system: You are a helpful assistant.
user:
Analyze the provided spectrum to determine if it is a **M-type Giant (gM)**.

A M-type Giant spectrum is defined by its **strong molecular absorption** features, particularly from **Titanium Oxide (TiO)**. You must check for one of the following mutually exclusive signatures:

- **Key Visual Indicators (Absorption-Dominated Spectrum):**

    - **(Primary):** The spectrum is dominated by strong molecular absorption from **Titanium Oxide (TiO)**. This is the **defining feature** of its M-type temperature class.
        - **(Key Bandheads):** Look for sharp, "saw-tooth" absorption valleys. The strongest are located near **~7050 Å**, **~6160 Å**, and **~5170 Å**.
        - **(Line Profile):** The "saw-tooth" morphology is critical: a **sharp, steep drop on the BLUE (short-wavelength) side** of the bandhead, followed by a gradual recovery (rising flux) towards the RED (long-wavelength) side.

    - **(Key Confirmation - Giant vs. Dwarf):** **ABSENCE** of strong **Calcium Hydride (CaH)** molecular bands. This is the primary diagnostic for *excluding* M-dwarfs.
        - **(Key Region):** The spectrum should lack the strong, broad absorption band seen in dwarfs between **~6800 Å and ~7000 Å**.

    - **(Secondary Confirmation - Giant):** A very strong and broad **Neutral Calcium (Ca I)** atomic absorption line.
        - **(Key Line):** Located at **~4226 Å**. In a giant (gM), this line is significantly deeper and broader than the same line in an M-dwarf (dM) due to low surface gravity.

    - **(Overall Spectrum):**
        - The continuum is **extremely red-sloping** (i.e., flux is very low in the blue and rises dramatically towards the red).
        - The entire spectrum appears "chopped up" by the deep TiO bands.

Think first, call **spectral_visualization_tool** if needed to examine features in detail, then provide your final answer. Your response must adhere to the following strict rules:
1.  **Overall Structure:** Your response must follow the format `<think>...</think> <tool_call>...</tool_call> (if a tool is used) <answer>...</answer>`.
2.  **Tool Usage Constraint:** You may only make **one** tool call per turn.
3.  **Final Answer Format:** In the `<answer>` tag, your conclusion must be inside a `\boxed{}` command (e.g., `\boxed{YES}` or `\boxed{NO}`), followed by your justification.

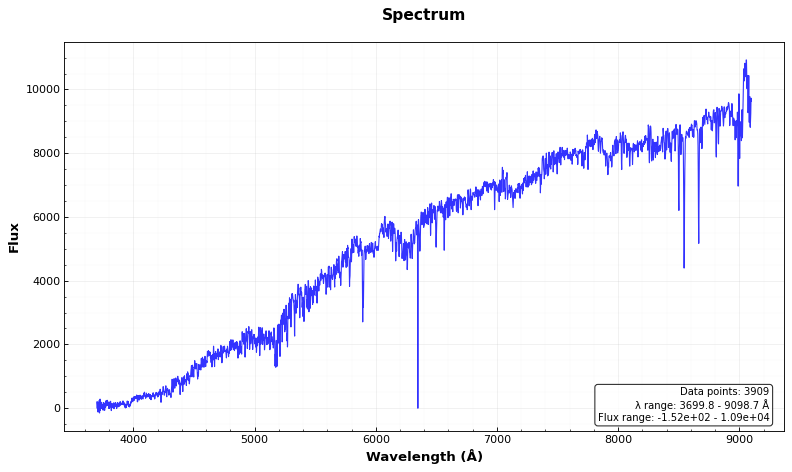
Answer: YES